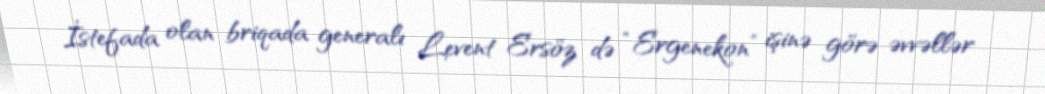
İstefada olan briqada generalı Levent Ersöz də “Ergenekon” işinə görə əvvəllər